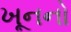
ખૂનનો